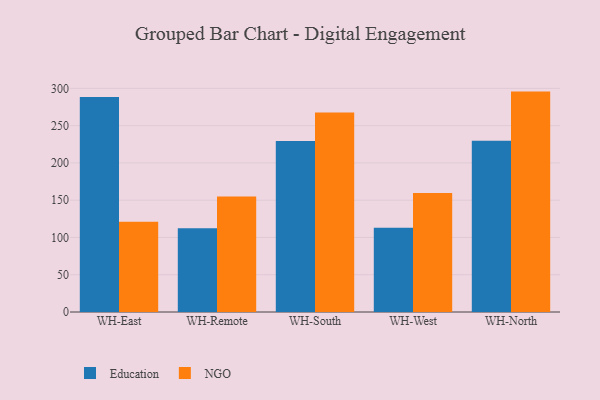
{"axis": {"x": "Warehouse", "y": "Humidity (%)"}, "legend": ["Education", "NGO"], "data": [{"x": "WH-East", "y": 288.3, "type": "Education"}, {"x": "WH-East", "y": 121.2, "type": "NGO"}, {"x": "WH-Remote", "y": 112.5, "type": "Education"}, {"x": "WH-Remote", "y": 155.0, "type": "NGO"}, {"x": "WH-South", "y": 229.4, "type": "Education"}, {"x": "WH-South", "y": 267.6, "type": "NGO"}, {"x": "WH-West", "y": 113.0, "type": "Education"}, {"x": "WH-West", "y": 159.8, "type": "NGO"}, {"x": "WH-North", "y": 229.7, "type": "Education"}, {"x": "WH-North", "y": 295.7, "type": "NGO"}]}